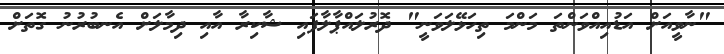
"ނާވީއަށް އަޑުއިއްވަންތަ މަންމަ ތިހަޅޭލަވަނީ" ދޮރުލައްޕާލާފައި ޝާކިރާ އާއި ދިމާލަށް އެނބުރުނު ގޮތަށް